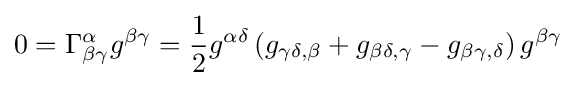
0=\Gamma _{\beta \gamma }^{\alpha }g^{\beta \gamma }={\frac {1}{2}}g^{\alpha \delta }\left(g_{\gamma \delta ,\beta }+g_{\beta \delta ,\gamma }-g_{\beta \gamma ,\delta }\right)g^{\beta \gamma }